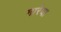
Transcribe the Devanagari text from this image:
मारेया